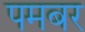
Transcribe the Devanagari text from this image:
पमबर